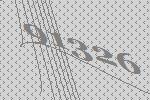
91326